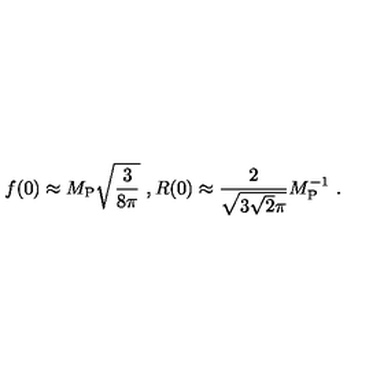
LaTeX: f ( 0 ) \approx M _ { \mathrm { P } } \sqrt { \frac { 3 } { 8 \pi } } \ , R ( 0 ) \approx { \frac { 2 } { \sqrt { 3 \sqrt 2 \pi } } } M _ { \mathrm { P } } ^ { - 1 } \ .